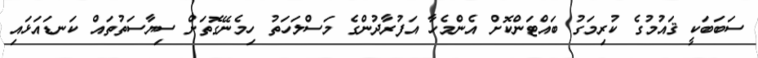
ސަބަބަކީ ޤައުމުގެ ކުރިމަގު ބައްޓަންކޮށް އެންމެހާ އަފުރާދުންގެ މަސްލަހަތު ހިމެނޭގޮތަށް ސިޔާސަތުތައް ކަނޑައަޅައި